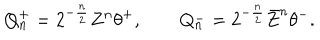
Q _ { n } ^ { + } = 2 ^ { - \frac n 2 } Z ^ { n } \theta ^ { + } , \qquad Q _ { n } ^ { - } = 2 ^ { - \frac n 2 } \bar { Z } ^ { n } \theta ^ { - } .